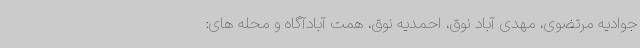
جوادیه مرتضوی، مهدی آباد نوق، احمدیه نوق، همت آبادآگاه و محله های: